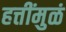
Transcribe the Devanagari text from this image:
हत्तींमुळं